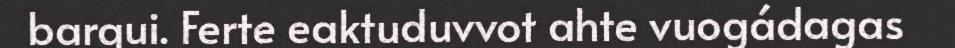
bargui. Ferte eaktuduvvot ahte vuogádagas